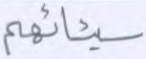
سيئاتهم